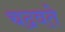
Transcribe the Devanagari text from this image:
चढवते